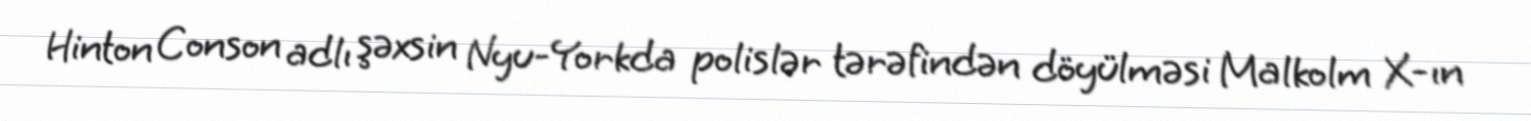
Hinton Conson adlı şəxsin Nyu-Yorkda polislər tərəfindən döyülməsi Malkolm X-ın